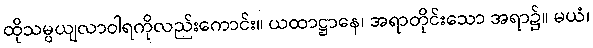
ထိုသမ္ပယျလာဝါရကိုလည်းကောင်း။ ယထာဋ္ဌာနေ၊ အရာတိုင်းသော အရာ၌။ မယံ၊